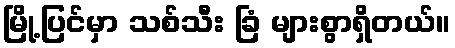
မြို့ပြင်မှာ သစ်သီး ခြံ များစွာရှိတယ်။